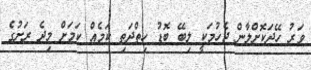
ވަރު ހޭދަކޮށްލާން ޖެހުމަކީ ލިބޭ ބޮޑު ހިތްދަތި ކަމެއް ކަމަށް މިދެ ރަށުގެ